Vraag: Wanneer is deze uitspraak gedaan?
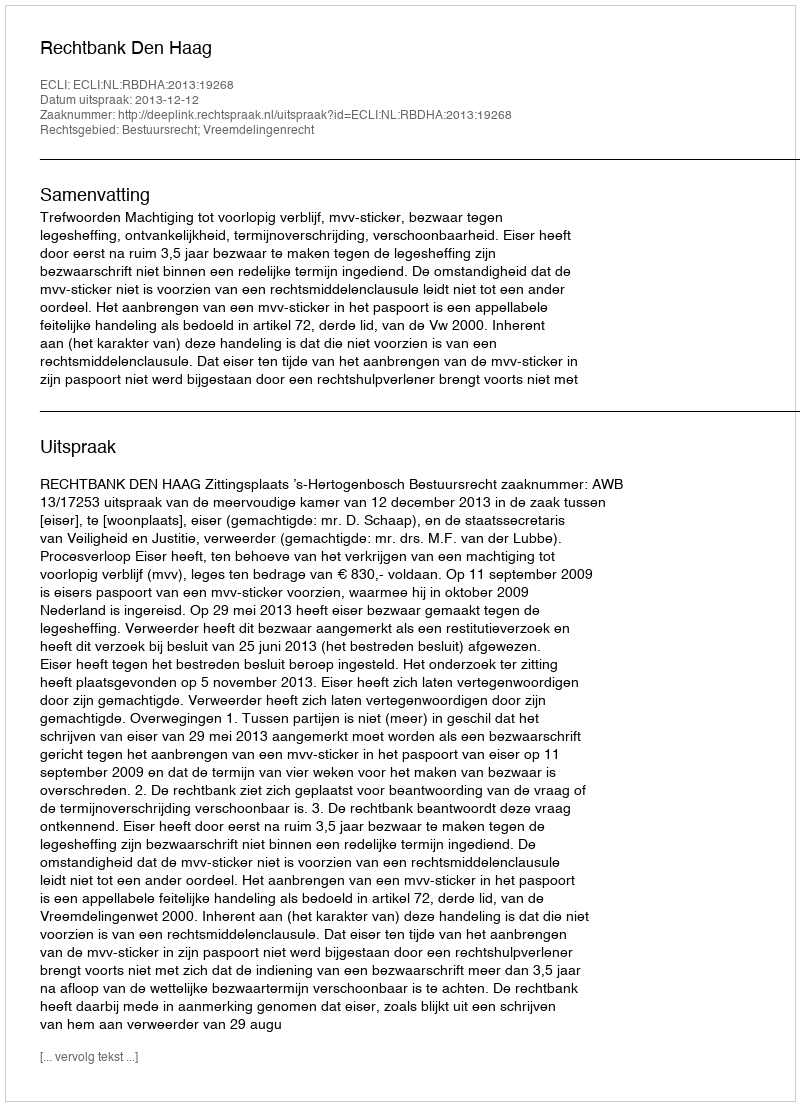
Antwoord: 2013-12-12